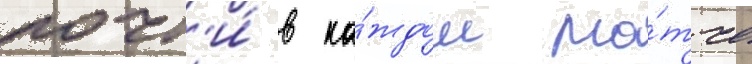
почт'и́ в ка́ждом ма́тче